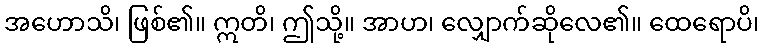
အဟောသိ၊ ဖြစ်၏။ ဣတိ၊ ဤသို့။ အာဟ၊ လျှောက်ဆိုလေ၏။ ထေရောပိ၊